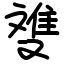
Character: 﨎